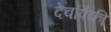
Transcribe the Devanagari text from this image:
देवांपैकीं